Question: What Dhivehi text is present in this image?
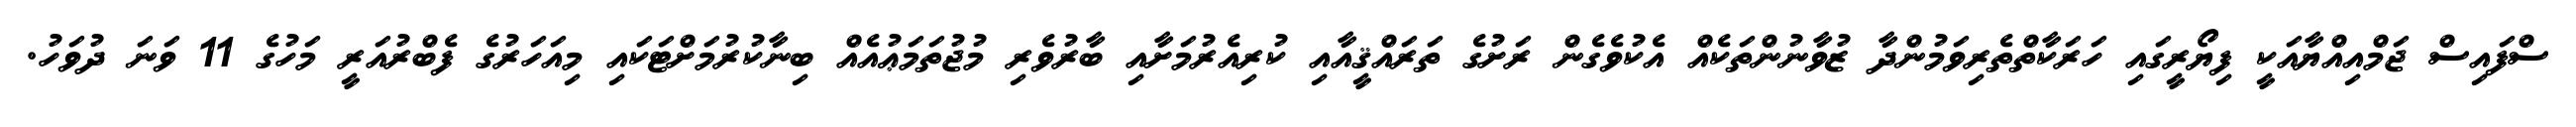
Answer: ސްފައިސް ޖަމްއިއްޔާއަކީ ފިޔޯރީގައި ހަރަކާތްތެރިވަމުންދާ ޒުވާނުންތަކެއް އެކުވެގެން ރަށުގެ ތަރައްޤީއާއި ކުރިއެރުމަށާއި ބާރުވެރި މުޖުތަމަޢުއެއް ބިނާކުރުމަށްޓަކައި މިއަހަރުގެ ފެބްރުއަރީ މަހުގެ 11 ވަނަ ދުވަހު.